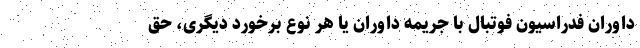
داوران فدراسیون فوتبال با جریمه داوران یا هر نوع برخورد دیگری، حق